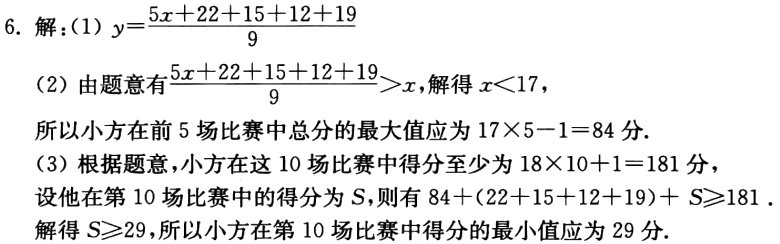
6. 解：(1) \(y = \frac{5x + 22 + 15 + 12 + 19}{9}\)

(2) 由题意有\(\frac{5x + 22 + 15 + 12 + 19}{9}>x\)，解得 \(x < 17\)，

所以小方在前5场比赛中总分的最大值应为 \(17\times5 - 1 = 84\) 分.

(3) 根据题意，小方在这10场比赛中得分至少为 \(18\times10 + 1 = 181\) 分，

设他在第10场比赛中的得分为 \(S\)，则有 \(84+(22 + 15 + 12 + 19)+S\geq181\).

解得 \(S\geq29\)，所以小方在第10场比赛中得分的最小值应为29分.